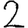
Digit: 2